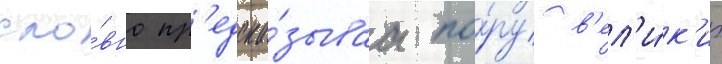
сло́вно пр'едска́зываа по́ру в'ел'и́к'их